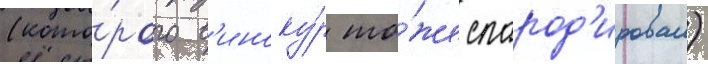
(кото́рого в'иноку́р то́же спарод'ировал)